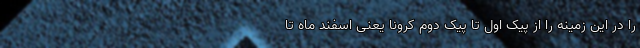
را در این زمینه را از پیک اول تا پیک دوم کرونا یعنی اسفند ماه تا